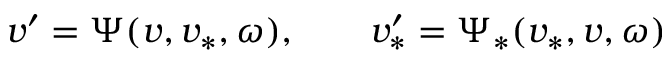
v ^ { \prime } = \Psi ( v , v _ { \ast } , \omega ) , \qquad v _ { \ast } ^ { \prime } = \Psi _ { \ast } ( v _ { \ast } , v , \omega )